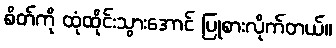
စိတ်ကို ထုံထိုင်းသွားအောင် ပြုစားလိုက်တယ်။